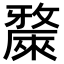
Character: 𣀗